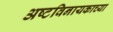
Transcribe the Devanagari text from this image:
अष्टविनायकाच्या